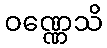
ဝဏ္ဏေသိ